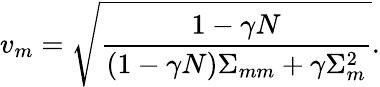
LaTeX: v_{m}=\sqrt{\frac{1-\gamma N}{\left(1-\gamma N\right)\Sigma_{mm}+\gamma\Sigma_{m}^{2}}}.